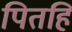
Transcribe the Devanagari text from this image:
पितहिं